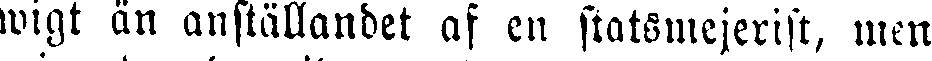
wigt än anställandet af en statsmejerist, men